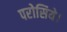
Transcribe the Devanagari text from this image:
परोसिये।